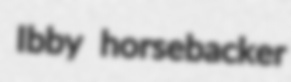
Ibby horsebacker